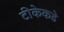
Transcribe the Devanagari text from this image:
टीकेकडे